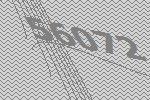
56072